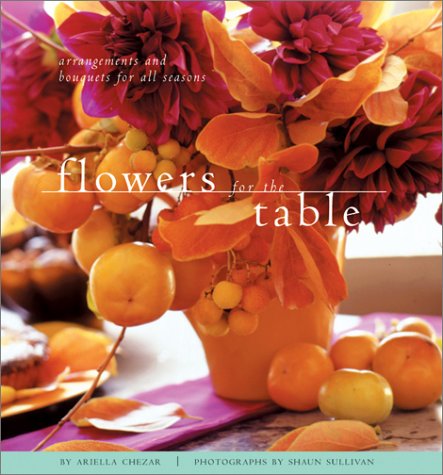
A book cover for Flowers for the Table: Arrangements and Bouquets for All Seasons; Ariella Chezar; Crafts, Hobbies & Home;